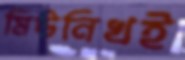
মিউনিখই